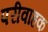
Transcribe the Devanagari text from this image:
परीवाहक